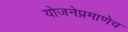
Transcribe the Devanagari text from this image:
योजनेप्रमाणेच